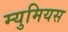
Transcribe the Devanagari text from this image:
म्युमियस